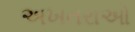
અખતરાઓ